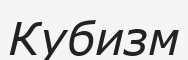
Кубизм